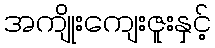
အကျိုးကျေးဇူးနှင့်